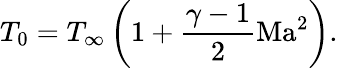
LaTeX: {T_{0}}={T_{\infty}}\left({1+\frac{{\gamma-1}}{2}\mathrm{{Ma}^{2}}}\right).